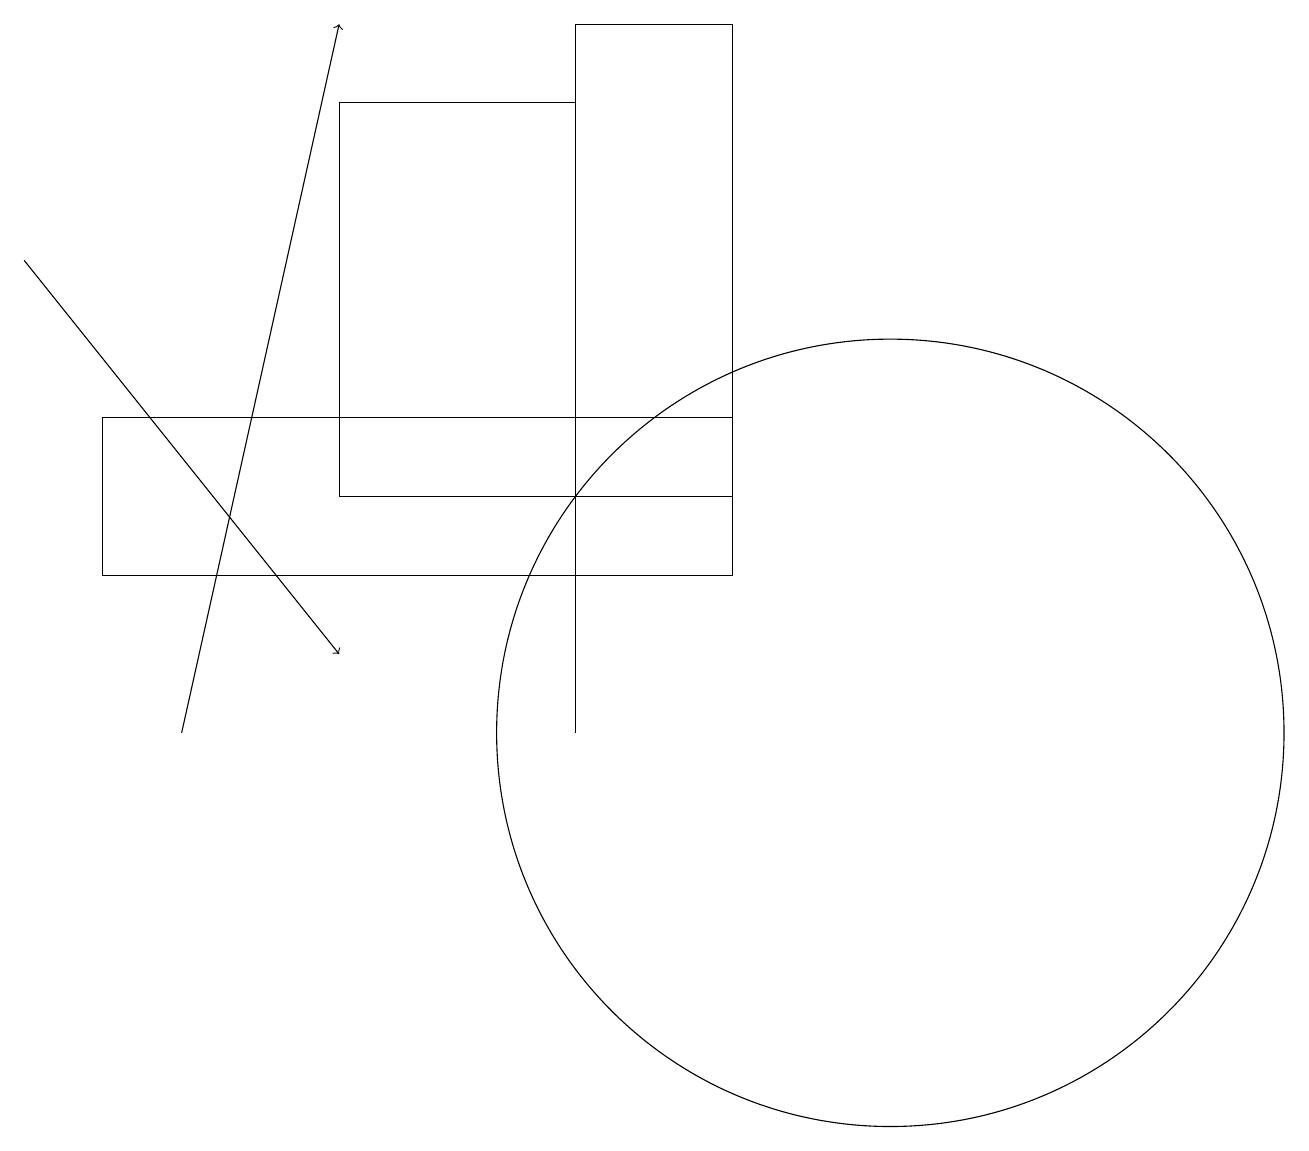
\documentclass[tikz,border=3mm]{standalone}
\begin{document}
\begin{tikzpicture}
\draw[->] (0,16) -- (4,11);
\draw (9,13) rectangle (7,19);
\draw (1,12) rectangle (9,14);
\draw (4,13) rectangle (7,18);
\draw (7,10) rectangle (7,15);
\draw[->] (2,10) -- (4,19);
\draw (11,10) circle (5);
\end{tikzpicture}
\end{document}